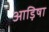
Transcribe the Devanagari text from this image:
आड़िषा